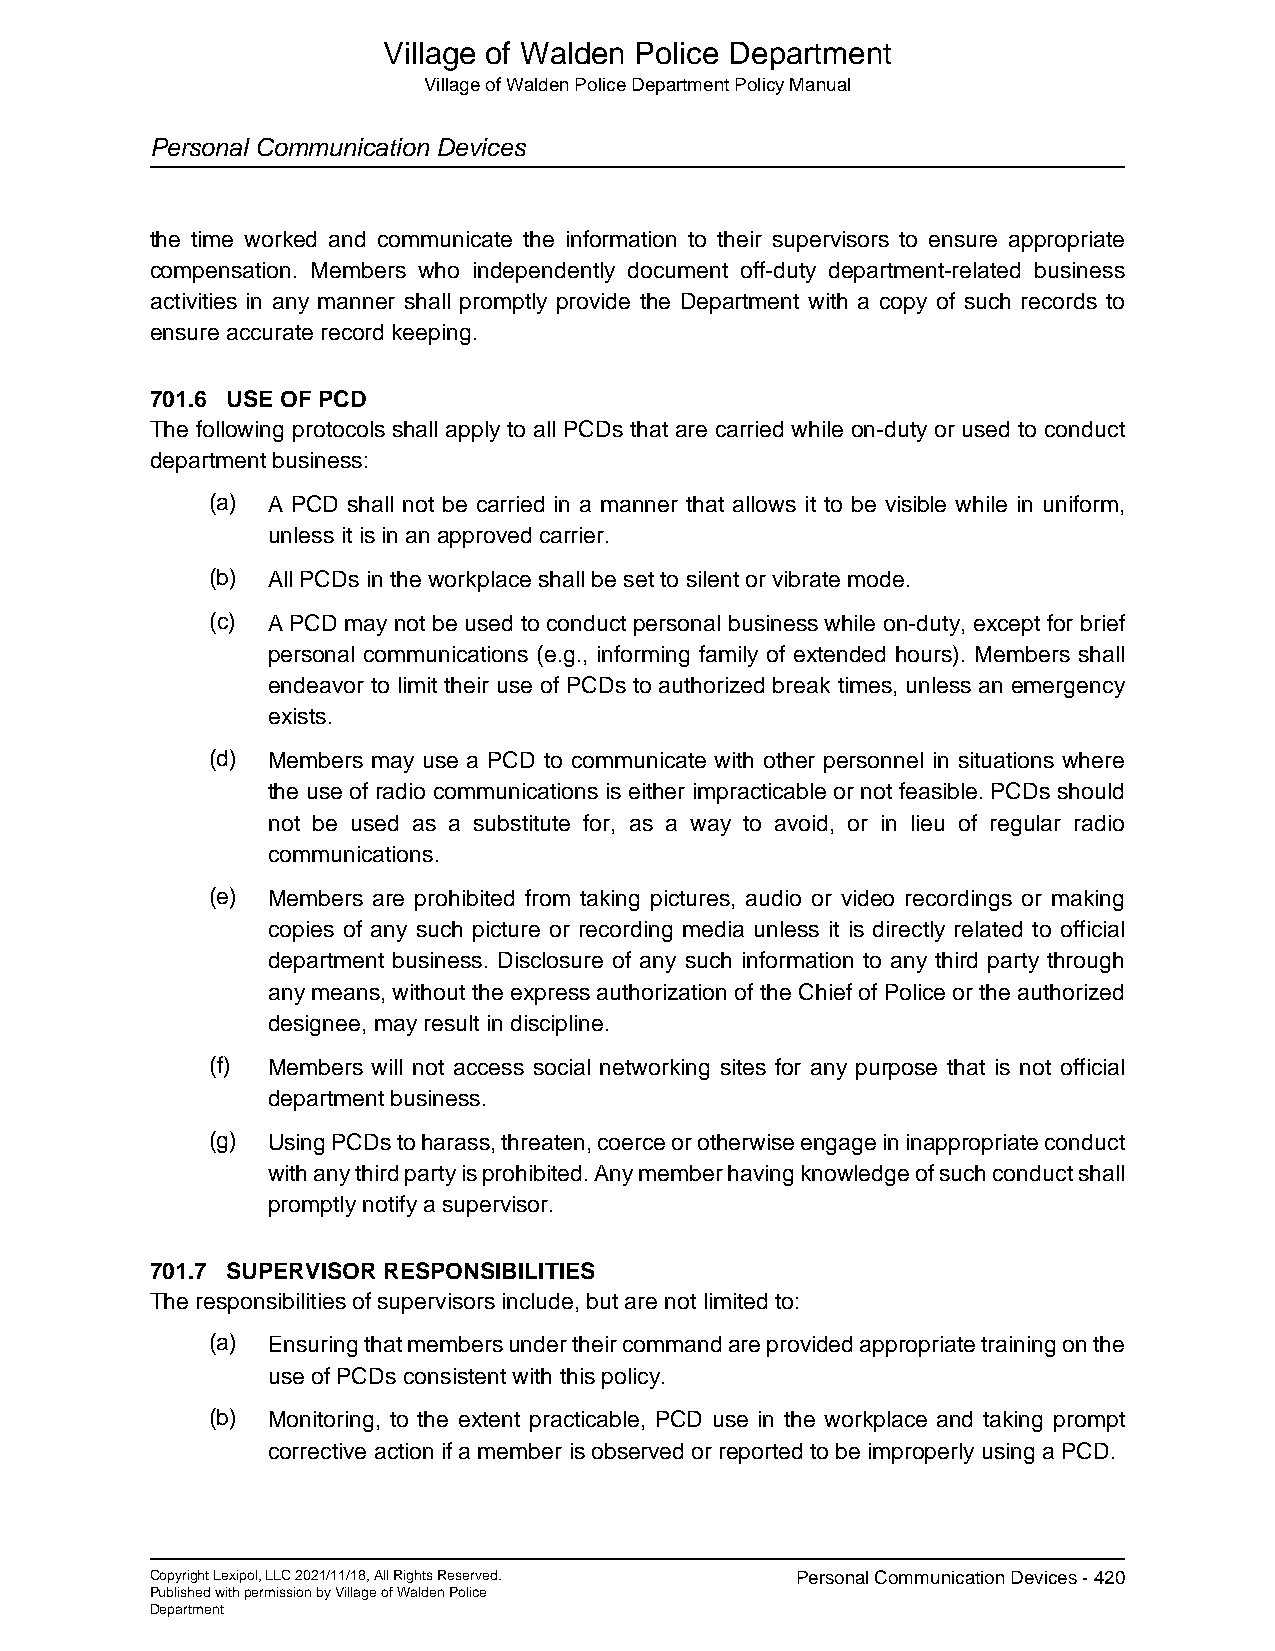
Village of Walden Police Department
 Village of Walden Police Department Policy Manual
 Personal Communication Devices
 the time worked and communicate the information to their supervisors to ensure appropriate
 compensation. Members who independently document off-duty department-related business
 activities in any manner shall promptly provide the Department with a copy of such records to
 ensure accurate record keeping.
 701.6 USE OF PCD
 The following protocols shall apply to all PCDs that are carried while on-duty or used to conduct
 department business:
 (a) A PCD shall not be carried in a manner that allows it to be visible while in uniform,
 unless it is in an approved carrier.
 (b) All PCDs in the workplace shall be set to silent or vibrate mode.
 (c) A PCD may not be used to conduct personal business while on-duty, except for brief
 personal communications (e.g., informing family of extended hours). Members shall
 endeavor to limit their use of PCDs to authorized break times, unless an emergency
 exists.
 (d) Members may use a PCD to communicate with other personnel in situations where
 the use of radio communications is either impracticable or not feasible. PCDs should
 not be used as a substitute for, as a way to avoid, or in lieu of regular radio
 communications.
 (e) Members are prohibited from taking pictures, audio or video recordings or making
 copies of any such picture or recording media unless it is directly related to official
 department business. Disclosure of any such information to any third party through
 any means, without the express authorization of the Chief of Police or the authorized
 designee, may result in discipline.
 (f) Members will not access social networking sites for any purpose that is not official
 department business.
 (g) Using PCDs to harass, threaten, coerce or otherwise engage in inappropriate conduct
 with any third party is prohibited. Any member having knowledge of such conduct shall
 promptly notify a supervisor.
 701.7 SUPERVISOR RESPONSIBILITIES
 The responsibilities of supervisors include, but are not limited to:
 (a) Ensuring that members under their command are provided appropriate training on the
 use of PCDs consistent with this policy.
 (b) Monitoring, to the extent practicable, PCD use in the workplace and taking prompt
 corrective action if a member is observed or reported to be improperly using a PCD.
 Copyright Lexipol, LLC 2021/11/18, All Rights Reserved. Personal Communication Devices - 420
 Published with permission by Village of Walden Police
 Department